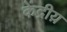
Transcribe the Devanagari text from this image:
केंद्रीय़